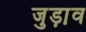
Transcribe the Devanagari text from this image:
जुड़ा़व